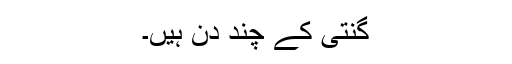
گنتی کے چند دن ہیں۔